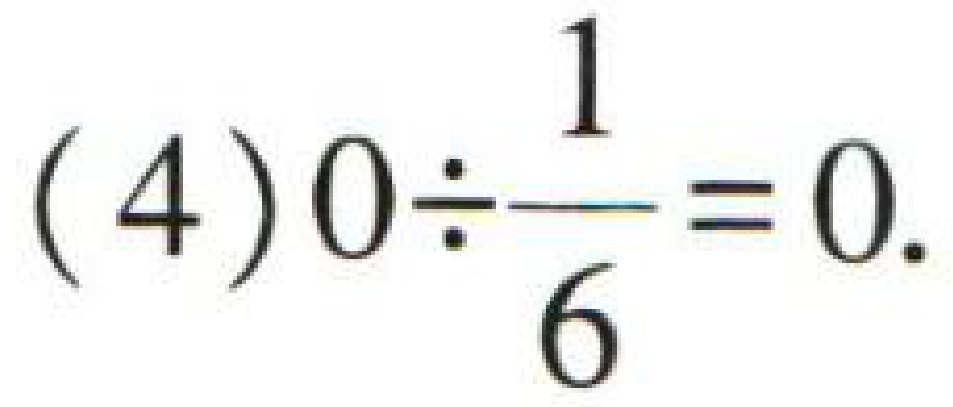
$(4)0\div\frac{1}{6}=0.$